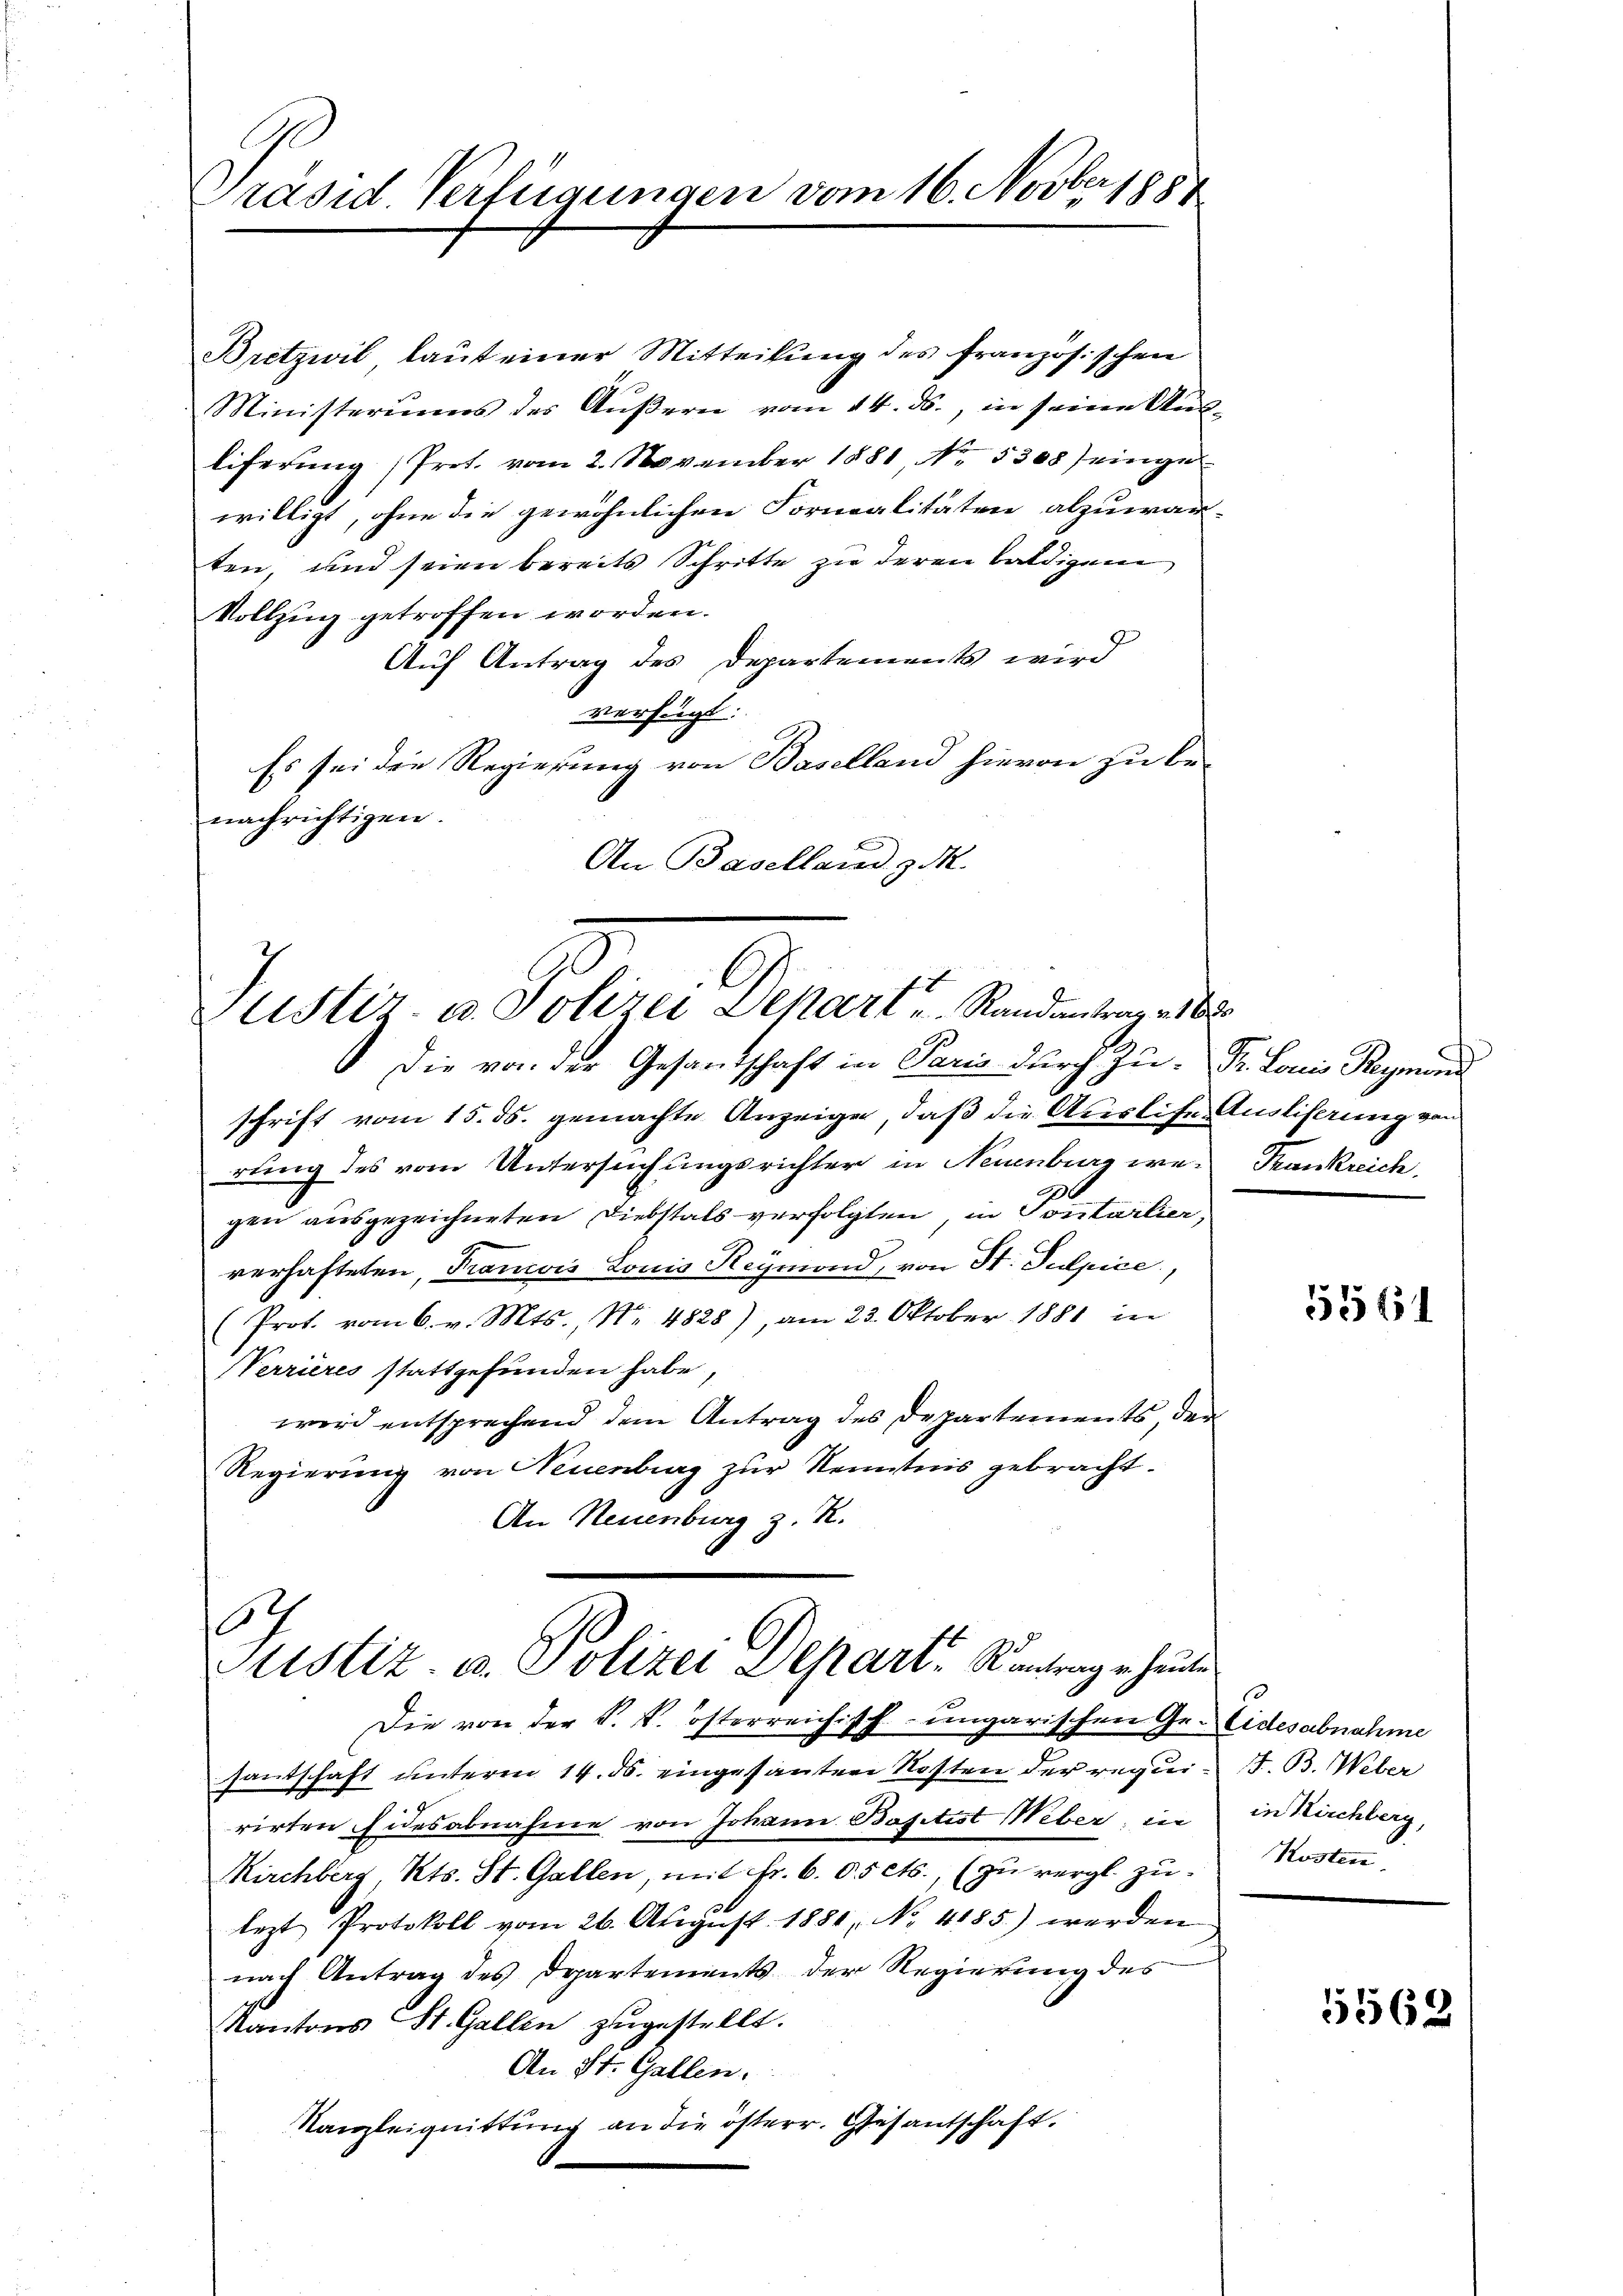
.
Präsid. Verfügungen vom 16. Nov. 1884

Bretzwil laut einer Mitteilung des französischen
Ministerums des Äußern vom 14. ds., in seine Aus-
liferung (Prot. vom 2. November 1881 No. 5308) einge
willigt, ohne die gewöhnlichen Formalitäten abzuwarten, und seien bereits Schritte zu deren baldigen
Vollzug getroffen worden.
Auf Antrag des Departements wird
verfügt:
Es sei die Regierung von Baselland hievon zu benachrichtigen.
An Baselland z. M.

Justiz- u. Polizei Dekart u. Randantrag es b

Die von der Gesandschaft in Paris durch Zu- Dr. Louis Reymond
schrift vom 15. ds. gemachte Anzeiger, daß die Auslise Ausliserung von
rung des vom Untersuchungsrichter in Neuenburg we- Trankreich,
gen ausgezeichneten Diebstals verfolgten, in Contalier,
verhafteten, Francois Louis Reymond, von St. Pulpice,
(Prot. vom 6. v. Mts., Nr. 4828), am 23. Oktober 1881 in
Nerrieres stattgefunden habe
wird entsprechend dem Antrag des Departements, der
Regierung von Neuenburg zur Kenntnis gebracht.
An Neuenburg z. R.

s
Sistiz- u. Polizei Depart. Kantrag u. heute

Die von der S. V. österreichisch-ungarischen Gr. Eidesabnahme
santschaft unteren 14. ds. eingesanten Kosten der requi¬ st. B. Weber
rirten Eidesabnahme von Johann Basetist Weber, in
Kirchberg, Kts. St. Gallen, mit Fr. 6. 05 cts., (zu vergl. zu-
lezt Protokoll vom 26. Aŭgŭst 1881, No. 4185) werden
nach Antrag des Departements der Regierung des
Kantons St. Gallen zugestellt.
An St. Gallen.
Kanzleignittung an die österr. Gesantschaft.

556

in Kirchberg,
Kosten

5562